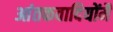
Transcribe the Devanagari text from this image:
आंतकवादियोंमैं